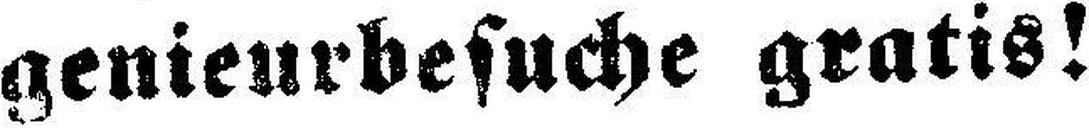
genieurbesuche gratis!